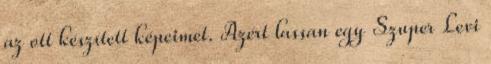
az ott készített képeimet. Azért lassan egy Szuper Levi